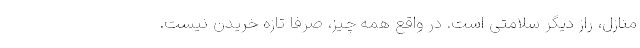
منازل، راز دیگر سلامتی است. در واقع همه چیز، صرفا تازه خریدن نیست.